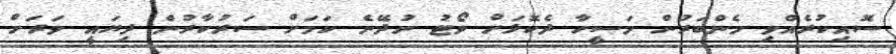
ސޮއިކުރެއްވި މެންބަރުން މަސީހާ ދެކޮޅަށް ވޯޓު ނުދޭނެ ކަމަށް ސަރުކާރުން ދިޔައީ ވަރަށް